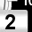
Digit: 2